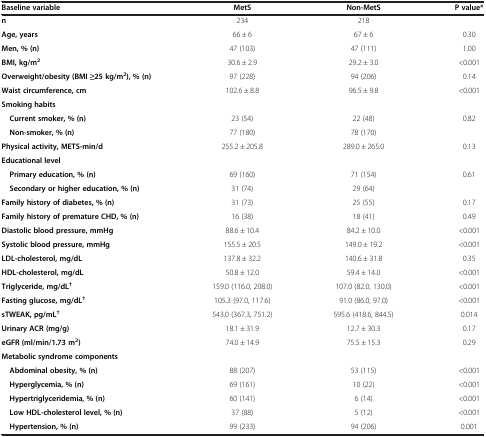
<table><thead><tr><td><b>Baseline variable</b></td><td><b>MetS</b></td><td><b>Non-MetS</b></td><td><b>P value*</b></td></tr></thead><tbody><tr><td><b>n</b></td><td>234</td><td>218</td><td> </td></tr><tr><td><b>Age, years</b></td><td>66 ± 6</td><td>67 ± 6</td><td>0.30</td></tr><tr><td><b>Men, % (n)</b></td><td>47 (103)</td><td>47 (111)</td><td>1.00</td></tr><tr><td><b>BMI, kg/m</b><sup><b>2</b></sup></td><td>30.6 ± 2.9</td><td>29.2 ± 3.0</td><td>&lt;0.001</td></tr><tr><td><b>Overweight/obesity (BMI ≥25 kg/m</b><sup><b>2</b></sup><b>), % (n)</b></td><td>97 (228)</td><td>94 (206)</td><td>0.14</td></tr><tr><td><b>Waist circumference, cm</b></td><td>102.6 ± 8.8</td><td>96.5 ± 9.8</td><td>&lt;0.001</td></tr><tr><td><b>Smoking habits</b></td><td> </td><td> </td><td> </td></tr><tr><td> <b>Current smoker, % (n)</b></td><td>23 (54)</td><td>22 (48)</td><td rowspan="2">0.82</td></tr><tr><td> <b>Non-smoker, % (n)</b></td><td>77 (180)</td><td>78 (170)</td></tr><tr><td><b>Physical activity, METS-min/d</b></td><td>255.2 ± 205.8</td><td>289.0 ± 265.0</td><td>0.13</td></tr><tr><td><b>Educational level</b></td><td> </td><td> </td><td> </td><td> </td></tr><tr><td> <b>Primary education, % (n)</b></td><td>69 (160)</td><td>71 (154)</td><td rowspan="2">0.61</td><td> </td></tr><tr><td> <b>Secondary or higher education, % (n)</b></td><td>31 (74)</td><td>29 (64)</td><td> </td></tr><tr><td><b>Family history of diabetes, % (n)</b></td><td>31 (73)</td><td>25 (55)</td><td>0.17</td><td> </td></tr><tr><td><b>Family history of premature CHD, % (n)</b></td><td>16 (38)</td><td>18 (41)</td><td>0.49</td><td> </td></tr><tr><td><b>Diastolic blood pressure, mmHg</b></td><td>88.6 ± 10.4</td><td>84.2 ± 10.0</td><td>&lt;0.001</td><td> </td></tr><tr><td><b>Systolic blood pressure, mmHg</b></td><td>155.5 ± 20.5</td><td>149.0 ± 19.2</td><td>&lt;0.001</td><td> </td></tr><tr><td><b>LDL-cholesterol, mg/dL</b></td><td>137.8 ± 32.2</td><td>140.6 ± 31.8</td><td>0.35</td><td> </td></tr><tr><td><b>HDL-cholesterol, mg/dL</b></td><td>50.8 ± 12.0</td><td>59.4 ± 14.0</td><td>&lt;0.001</td><td> </td></tr><tr><td><b>Triglyceride, mg/dL</b><sup><b>†</b></sup></td><td>159.0 (116.0, 208.0)</td><td>107.0 (82.0, 130.0)</td><td>&lt;0.001</td><td> </td></tr><tr><td><b>Fasting glucose, mg/dL</b><sup><b>†</b></sup></td><td>105.3 (97.0, 117.6)</td><td>91.0 (86.0, 97.0)</td><td>&lt;0.001</td><td> </td></tr><tr><td><b>sTWEAK, pg/mL</b><sup><b>†</b></sup></td><td>543.0 (367.3, 751.2)</td><td>595.6 (418.6, 844.5)</td><td>0.014</td><td> </td></tr><tr><td><b>Urinary ACR (mg/g)</b></td><td>18.1 ± 31.9</td><td>12.7 ± 30.3</td><td>0.17</td><td> </td></tr><tr><td><b>eGFR (ml/min/1.73 m</b><sup><b>2</b></sup><b>)</b></td><td>74.0 ± 14.9</td><td>75.5 ± 15.3</td><td>0.29</td><td> </td></tr><tr><td><b>Metabolic syndrome components</b></td><td> </td><td> </td><td> </td><td> </td></tr><tr><td> <b>Abdominal obesity, % (n)</b></td><td>88 (207)</td><td>53 (115)</td><td>&lt;0.001</td><td> </td></tr><tr><td> <b>Hyperglycemia, % (n)</b></td><td>69 (161)</td><td>10 (22)</td><td>&lt;0.001</td><td> </td></tr><tr><td> <b>Hypertriglyceridemia, % (n)</b></td><td>60 (141)</td><td>6 (14)</td><td>&lt;0.001</td><td> </td></tr><tr><td> <b>Low HDL-cholesterol level, % (n)</b></td><td>37 (88)</td><td>5 (12)</td><td>&lt;0.001</td><td> </td></tr><tr><td> <b>Hypertension, % (n)</b></td><td>99 (233)</td><td>94 (206)</td><td>0.001</td><td> </td></tr></tbody></table>